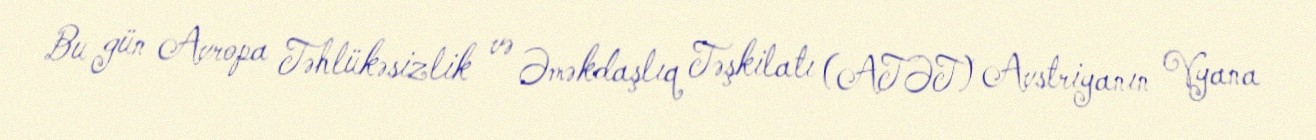
Bu gün Avropa Təhlükəsizlik və Əməkdaşlıq Təşkilatı (ATƏT) Avstriyanın Vyana